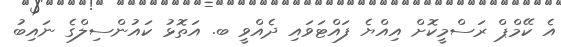
އެ ކޭމްޕް ރަސްމީކޮށް އިއްޔެ ފައްޓަވައި ދެއްވީ ބ. އަތޮޅު ކައުންސިލްގެ ނައިބު